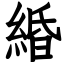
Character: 緍